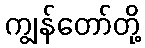
ကျွန်တော်တို့